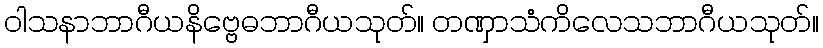
ဝါသနာဘာဂီယနိဗ္ဗေဓဘာဂီယသုတ်။ တဏှာသံကိလေသဘာဂီယသုတ်။